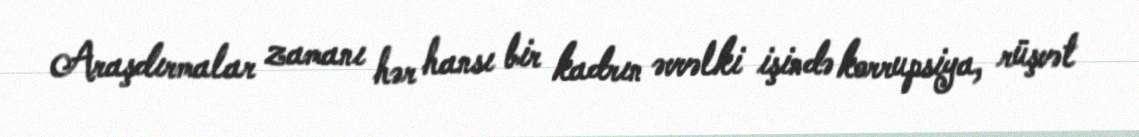
Araşdırmalar zamanı hər hansı bir kadrın əvvəlki işində korrupsiya, rüşvət